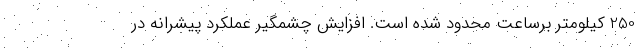
250 کیلومتر برساعت محدود شده است. افزایش چشمگیر عملکرد پیشرانه در